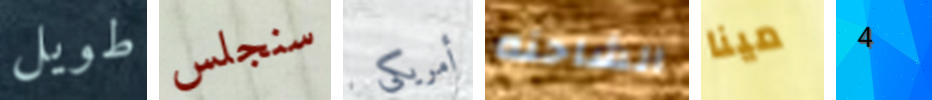
طويل سنجلس أمريكى الشاحنه مينا 4